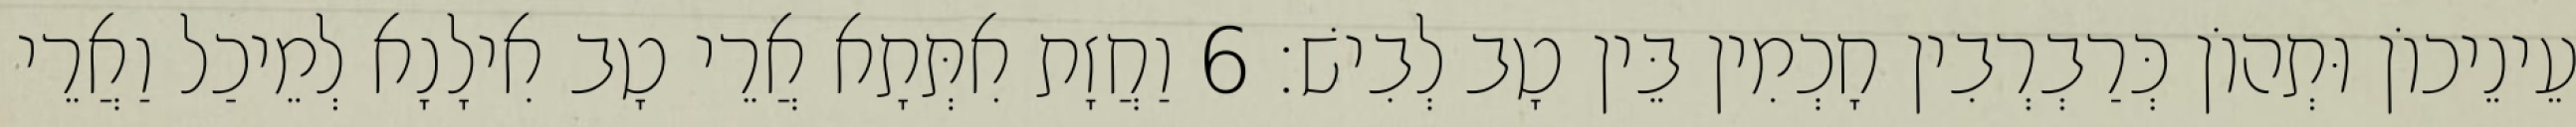
עֵינֵיכוֹן וּתְהוֹן כְּרַבְרְבִין חָכְמִין בֵּין טָב לְבִישׁ׃ 6 וַחֲזָת אִתְּתָא אֲרֵי טָב אִילָנָא לְמֵיכַל וַאֲרֵי